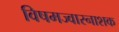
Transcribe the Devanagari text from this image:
विषमज्वारनाशक